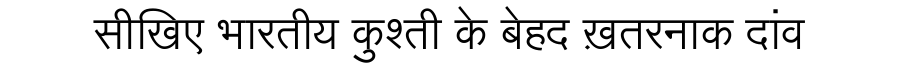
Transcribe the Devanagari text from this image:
सीखिए भारतीय कुश्ती के बेहद ख़तरनाक दांव